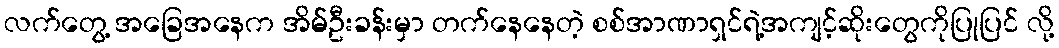
လက်တွေ့ အခြေအနေက အိမ်ဦးခန်းမှာ တက်နေနေတဲ့ စစ်အာဏာရှင်ရဲ့အကျင့်ဆိုးတွေကိုပြုပြင် လို့